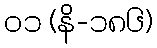
၀၁ (နိ-၁၈၆)